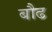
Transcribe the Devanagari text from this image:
बौढ